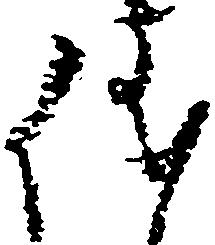
儀